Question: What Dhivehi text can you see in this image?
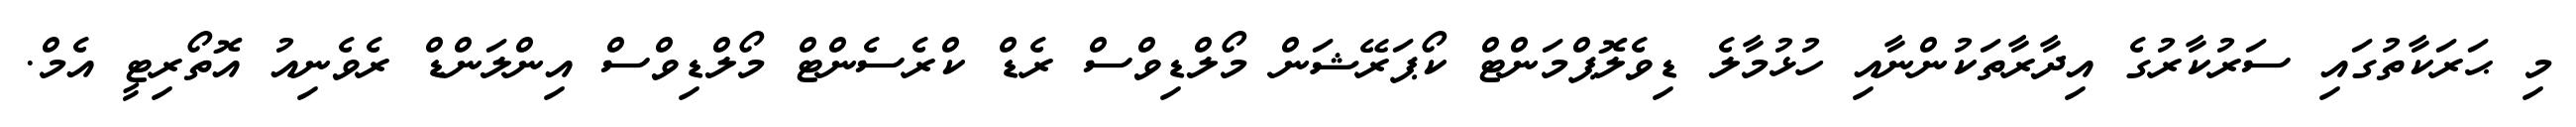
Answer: މި ޙަރަކާތުގައި ސަރުކާރުގެ އިދާރާތަކުންނާއި ހުޅުމާލެ ޑިވެލޮޕްމަންޓް ކޯޕަރޭޝަން މޯލްޑިވްސް ރެޑް ކްރެސެންޓް މޯލްޑިވްސް އިންލަންޑް ރެވެނިއު އޮތޯރިޓީ އެމް.